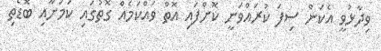
ވިދާޅުވީ އެކަން ސިފަ ކުރައްވަނީ ކޮށްފައި އޮތް ވައްކަމެއް ގޮތުގައި ކަމަށާއި ބޮޑެތި